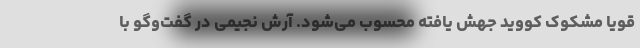
قویاً مشکوک کووید جهش یافته محسوب می‌شود. آرش نجیمی در گفت‌وگو با